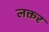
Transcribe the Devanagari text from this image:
लक्तर